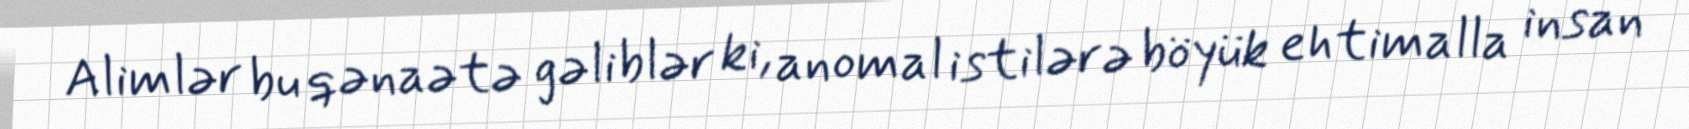
Alimlər bu qənaətə gəliblər ki, anomal istilərə böyük ehtimalla insan